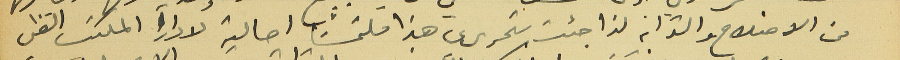
من الاصلاح والترابة لذا جئت بتحريري هذا ملتمسَاً احالته لادارة المكتب الفني